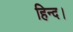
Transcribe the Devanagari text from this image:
हिन्द।